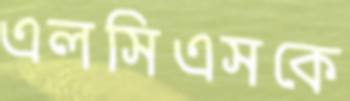
এলসিএসকে